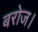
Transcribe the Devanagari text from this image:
बरोज।